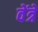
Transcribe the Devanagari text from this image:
वेंत्रे